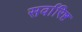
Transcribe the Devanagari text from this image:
सर्वारिष्ट